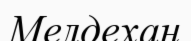
Мелдехан